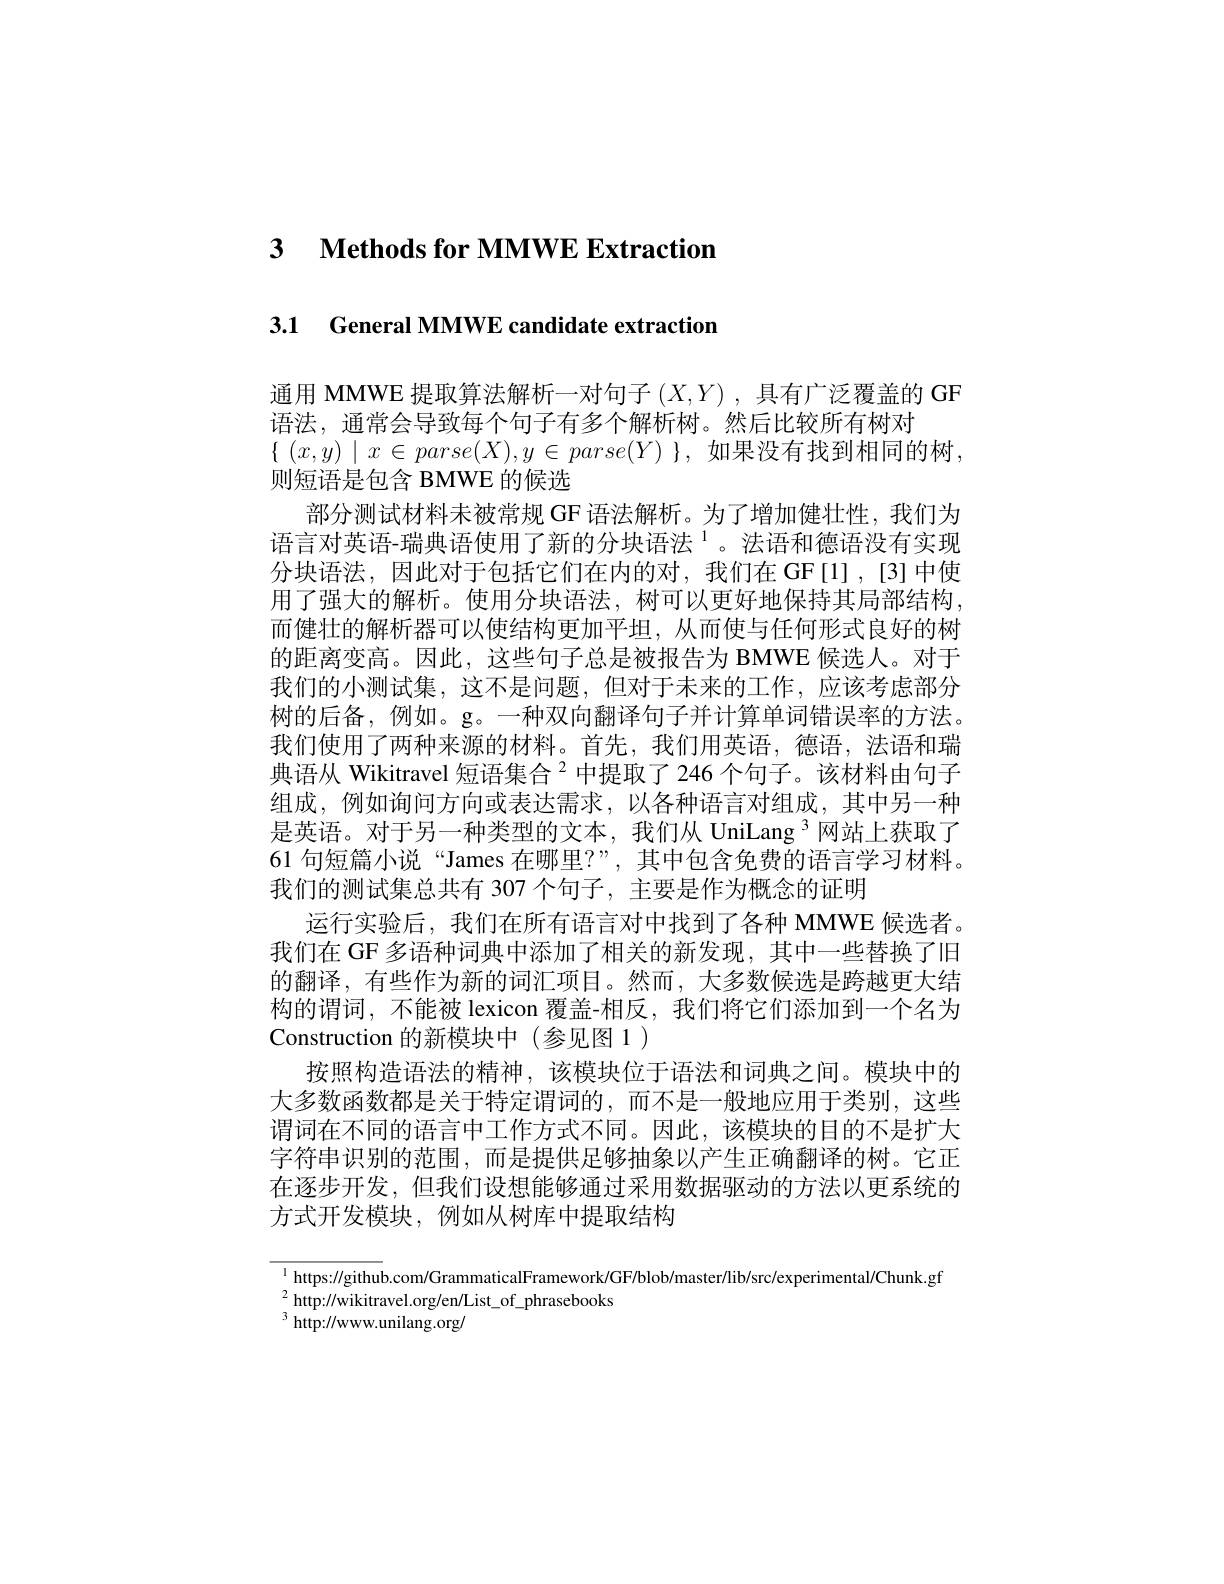
3 $\textbf{Methods for MMWE Extraction}$

3.1 General MMWE candidate extraction

通用 MMWE 提取算法解析一对句子$( X, Y)$ ,具有广泛覆盖的 GF
语法，通常会导致每个句子有多个解析树。然后比较所有树对
$\{$ $( x, y)$ $\mid$ $x\in$ $parse( X) , y\in$ $parse( Y)$ $\} $, 如果没有找到相同的树，
则短语是包含 BMWE 的候选
部分测试材料未被常规 GF 语法解析。为了增加健壮性，我们为语言对英语-瑞典语使用了新的分块语法$^{1}$。法语和德语没有实现分块语法，因此对于包括它们在内的对，我们在GF[1],[3]中使用了强大的解析。使用分块语法，树可以更好地保持其局部结构， 而健壮的解析器可以使结构更加半坦，从而便与任何形式良好的树的距离变高。因此，这些句子总是被报告为 BMWE 候选人。对于我们的小测试集，这不是问题，但对于未来的工作，应该考虑部分树的后备，例如。g。一种双向翻译句子并计算单词错误率的方法。我们使用了两种来源的材料。首先，我们用英语，德语，法语和瑞典语从 Wikitravel 短语集合$^{2}$中提取了 246 个句子。该材料由句子组成，例如询问方向或表达需求，以各种语言对组成，其中另一种是英语。对于另一种类型的文本，我们从 UniLang $^{3}$网站上获取了61 句短篇小说“James 在哪里？”,其中包含免费的语言学习材料。我们的测试集总共有 307 个句子，主要是作为概念的让明
运行实验后，我们在所有语言对中找到了各种 MMWE 候选者。我们在 GF 多语种词典中添加了相关的新发现，其中一些替换了旧的翻译，有些作为新的词汇项目。然而，大多数候选是跨越更大结构的谓词，不能被 lexicon 覆盖-相反，我们将它们添加到一个名为Construction 的新模块中(参见图 1)
按照构造语法的精神，该模块位于语法和词典之间。模块中的大多数函数都是关于特定谓词的，而不是一般地应用于类别，这些谓词在不同的语言中工作方式不同。因此，该模块的目的不是扩大字符串识别的范围，而是提供足够抽象以产生正确翻译的树。它正在逐步开发，但我们设想能够通过采用数据驱动的方法以更系统的方式开发模块，例如从树库中提取结构

$^{1}$ https://github.com/GrammaticalFramework/GF/blob/master/lib/src/experimental/Chunk.gf
$^{2}$http://wikitravel.org/en/List\_of\_phrasebooks
$^{3}$http://www.unilang.org/